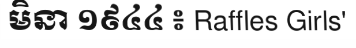
មិនា ១៩៤៤ ៖ Raffles Girls'